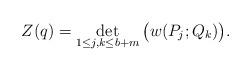
LaTeX: \begin{align*}Z(q)=\det_{1\leq j,k\leq b+m}\big(w(P_j;Q_k)\big). \end{align*}